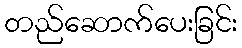
တည်ဆောက်ပေးခြင်း